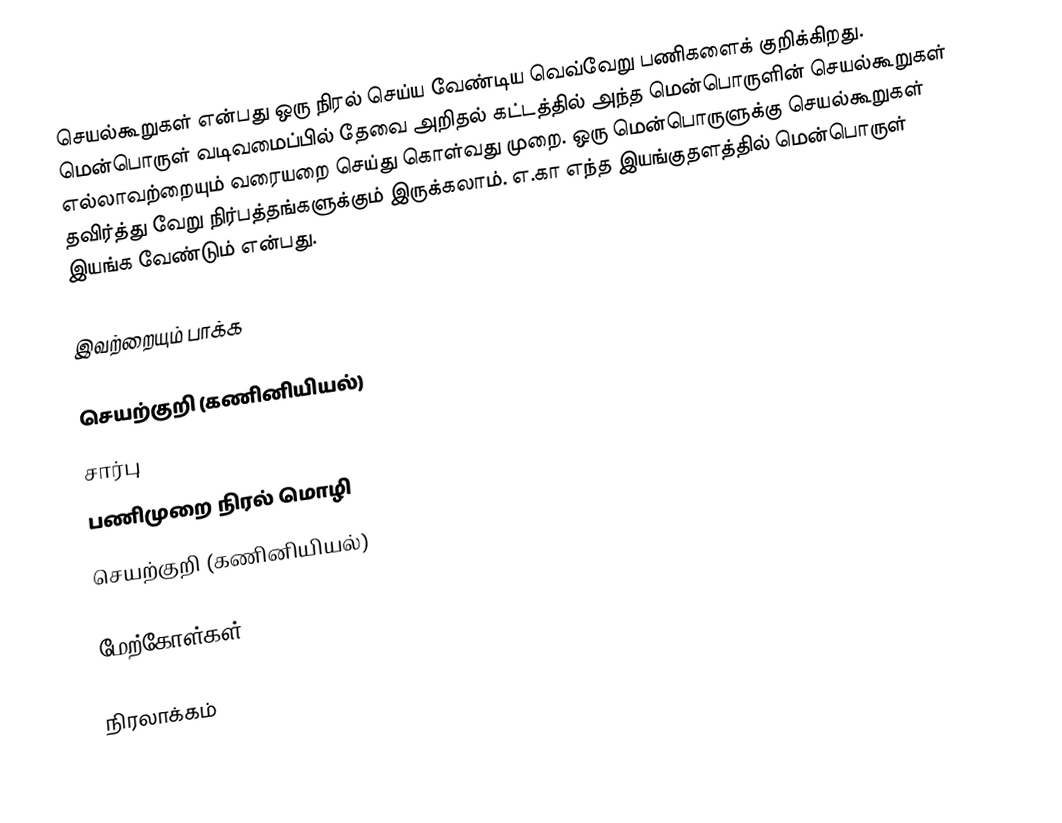
செயல்கூறுகள் என்பது ஒரு நிரல் செய்ய வேண்டிய வெவ்வேறு பணிகளைக் குறிக்கிறது.  மென்பொருள் வடிவமைப்பில் தேவை அறிதல் கட்டத்தில் அந்த மென்பொருளின் செயல்கூறுகள் எல்லாவற்றையும் வரையறை செய்து கொள்வது முறை.  ஒரு மென்பொருளுக்கு செயல்கூறுகள் தவிர்த்து வேறு நிர்பத்தங்களுக்கும் இருக்கலாம்.  எ.கா எந்த இயங்குதளத்தில் மென்பொருள் இயங்க வேண்டும் என்பது.

இவற்றையும் பாக்க

 செயற்குறி (கணினியியல்)
 சார்பு
 பணிமுறை நிரல் மொழி
 செயற்குறி (கணினியியல்)

மேற்கோள்கள்

நிரலாக்கம்